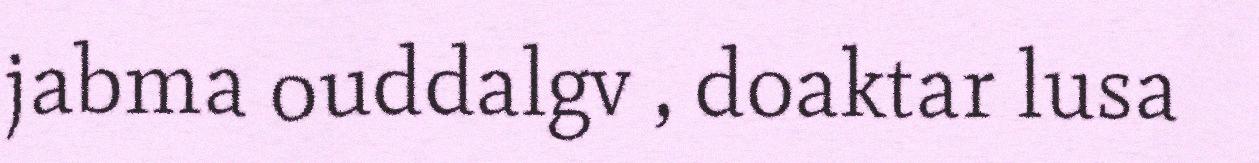
jabma ouddalgv , doaktar lusa